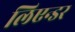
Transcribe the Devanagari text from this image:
लिएन्डर